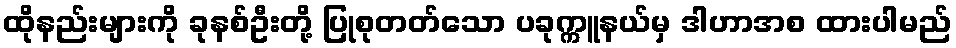
ထိုနည်းများကို ခုနစ်ဦးတို့ ပြုစုတတ်သော ပခုက္ကူနယ်မှ ဒါဟာအစ ထားပါမည်